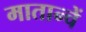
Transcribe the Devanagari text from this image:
मातान्चें